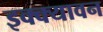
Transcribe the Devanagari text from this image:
इक्क्यावन